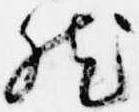
然